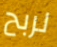
لربح